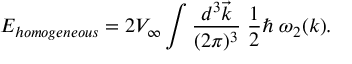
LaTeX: E _ { \small h o m o g e n e o u s } = 2 V _ { \infty } \int { \frac { d ^ { 3 } \vec { k } } { ( 2 \pi ) ^ { 3 } } } \; { \frac { 1 } { 2 } } \hbar \; \omega _ { 2 } ( k ) .